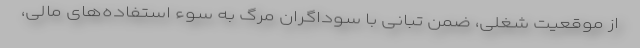
از موقعیت شغلی، ضمن تبانی با سوداگران مرگ به سوء استفاده‌های مالی،